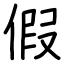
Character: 假